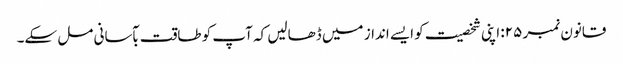
قانون نمبر ۲۵: اپنی شخصیت کو ایسے انداز میں ڈھالیں کہ آپ کو طاقت بآسانی مل سکے۔